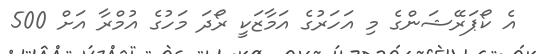
އެ ކޯޕަރޭޝަންގެ މި އަހަރުގެ އަމާޒަކީ ރޯދަ މަހުގެ އުމްރާ އަށް 500